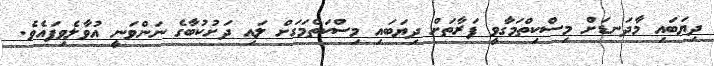
ދިޔަބައި މާދަނޑަށް މިސްކިތްމަގާވީ ފަރާތަށް ދިޔަބައި މިސްކަތްމަގަށް ލައި ދަށުކުބާގެ ނަންވަނީ އުވާލެވިފައެވެ.